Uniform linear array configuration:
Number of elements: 4
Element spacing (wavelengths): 0.5
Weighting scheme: cosine
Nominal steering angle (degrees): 30
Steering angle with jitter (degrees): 31.658
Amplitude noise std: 0.05
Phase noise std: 0.05

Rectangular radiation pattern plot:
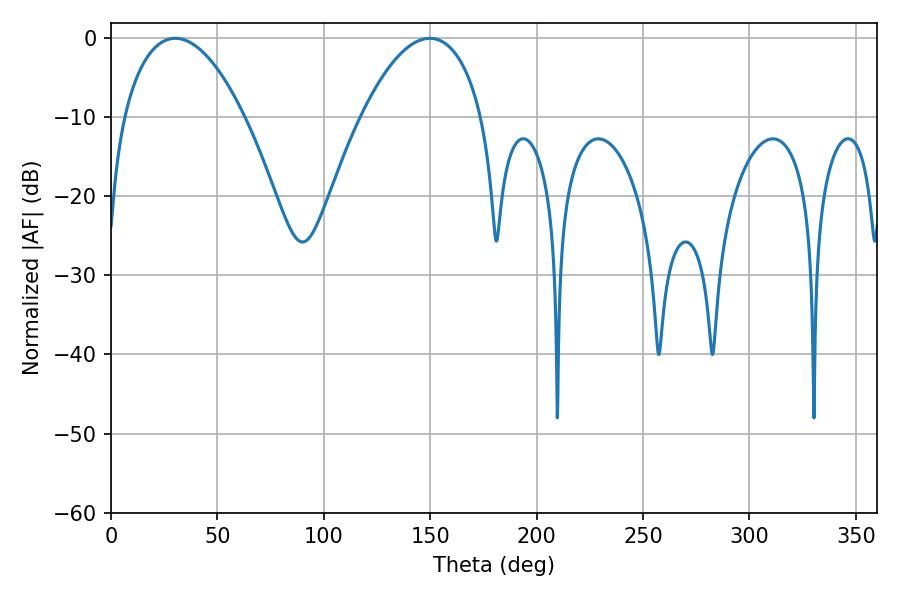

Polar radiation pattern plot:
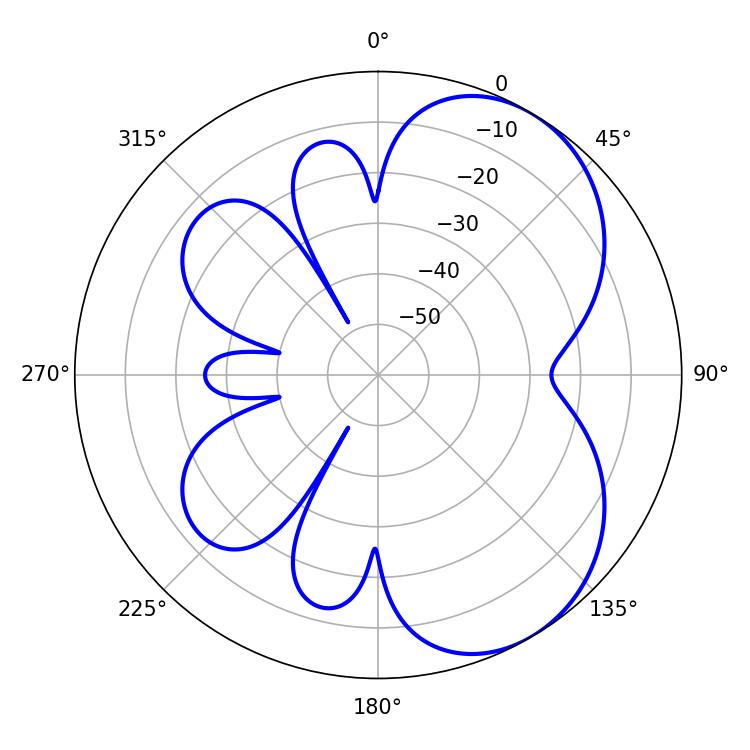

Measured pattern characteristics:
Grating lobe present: FALSE
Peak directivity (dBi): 5.362
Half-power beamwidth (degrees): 31.68
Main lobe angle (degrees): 30.24